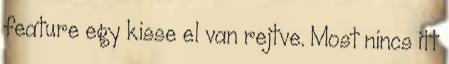
feature egy kisse el van rejtve. Most nincs itt